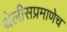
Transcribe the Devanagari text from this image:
थेलीसप्रमाणेच